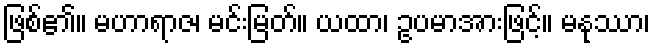
ဖြစ်၏။ မဟာရာဇ၊ မင်းမြတ်။ ယထာ၊ ဥပမာအားဖြင့်။ မနုဿာ၊